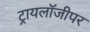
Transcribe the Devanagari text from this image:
ट्रायलॉजीपर